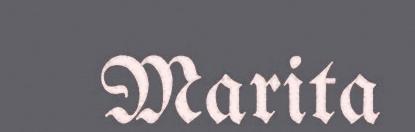
Marita